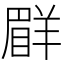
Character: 𦎨